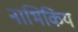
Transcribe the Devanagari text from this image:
नाभिकिय